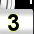
Digit: 3